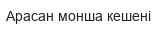
Арасан монша кешені